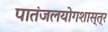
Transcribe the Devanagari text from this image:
पातंजलयोगशास्त्र